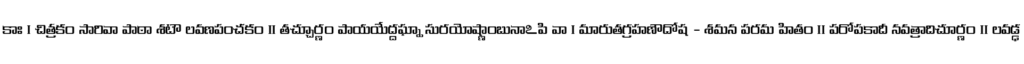
కాః । చిత్రకం సారివా పాఠా శటౌ లవణపంచకం ।। తచ్చూర్ణం పాయయేద్దఘ్నా సురయోష్ణాంబునాఽపి వా । మారుతగ్రహణౌదోష - శమన పరమ హితం ।। పరోపకాదీ నవత్రాదిచూర్ణం ॥ లవడ్ఢ